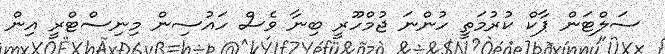
ސަލްޓަން ޕާކް ކުރުމަތީ ހުންނަ ޖުމްހޫރީ ބިނާ ވެސް ހައުސިން މިނިސްޓްރީ އިން